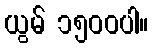
ယွမ် ၁၅၀၀ပါ။